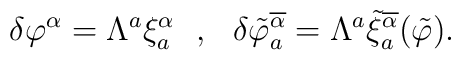
\delta \varphi^\alpha = \Lambda^a \xi^\alpha_a \ \ , \ \ \delta\tilde{\varphi}^{\overline{\alpha}}_a =\Lambda^a\tilde{\xi}^{\overline{\alpha}}_{a} (\tilde{\varphi}) .